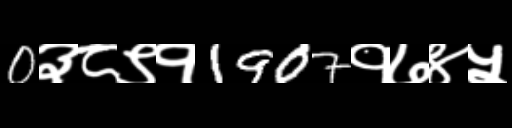
Text: 0३८९१1907१७४५